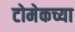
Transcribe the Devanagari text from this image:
टोमेकच्या